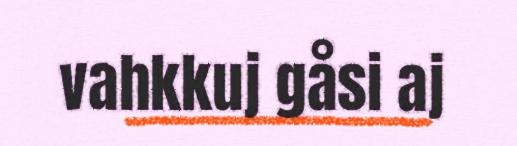
vahkkuj gåsi aj